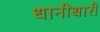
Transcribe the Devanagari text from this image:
धानीधारी